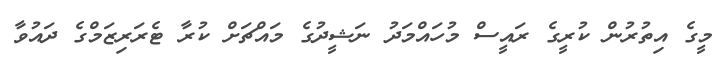
މީގެ އިތުރުން ކުރީގެ ރައީސް މުހައްމަދު ނަޝީދުގެ މައްޗަށް ކުރާ ޓެރަރިޒަމްގެ ދައުވާ